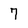
Character: 7